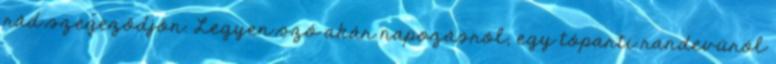
rád szegeződjön. Legyen szó akár napozásról, egy tóparti randevúról